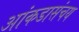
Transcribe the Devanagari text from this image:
आंकडासंचय